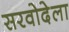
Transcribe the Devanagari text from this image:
सरवोदेला